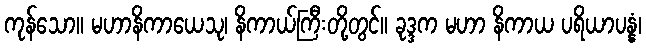
ကုန်သော။ မဟာနိကာယေသု၊ နိကာယ်ကြီးတို့တွင်။ ခုဒ္ဒက မဟာ နိကာယ ပရိယာပန္နံ၊